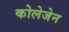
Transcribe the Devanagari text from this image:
कोलेजेन